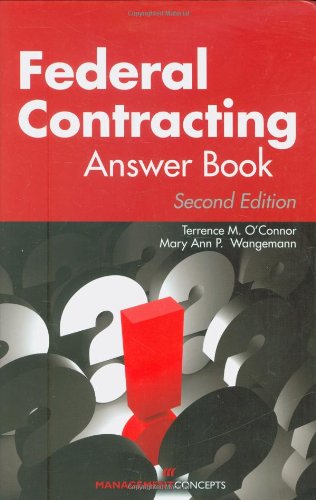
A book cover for Federal Contracting Answer Book, Second Edition; Terrence M. O'Connor; Law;